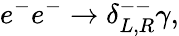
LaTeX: e^{-}e^{-}\rightarrow\delta_{L,R}^{--}\gamma,